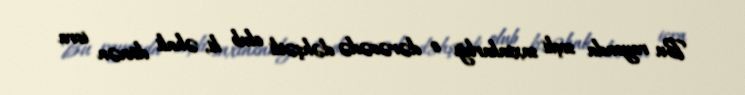
Bu rayonda seçki saxtakarlığı o dərəcədə dəhşətli olub ki, əhali dünən icra